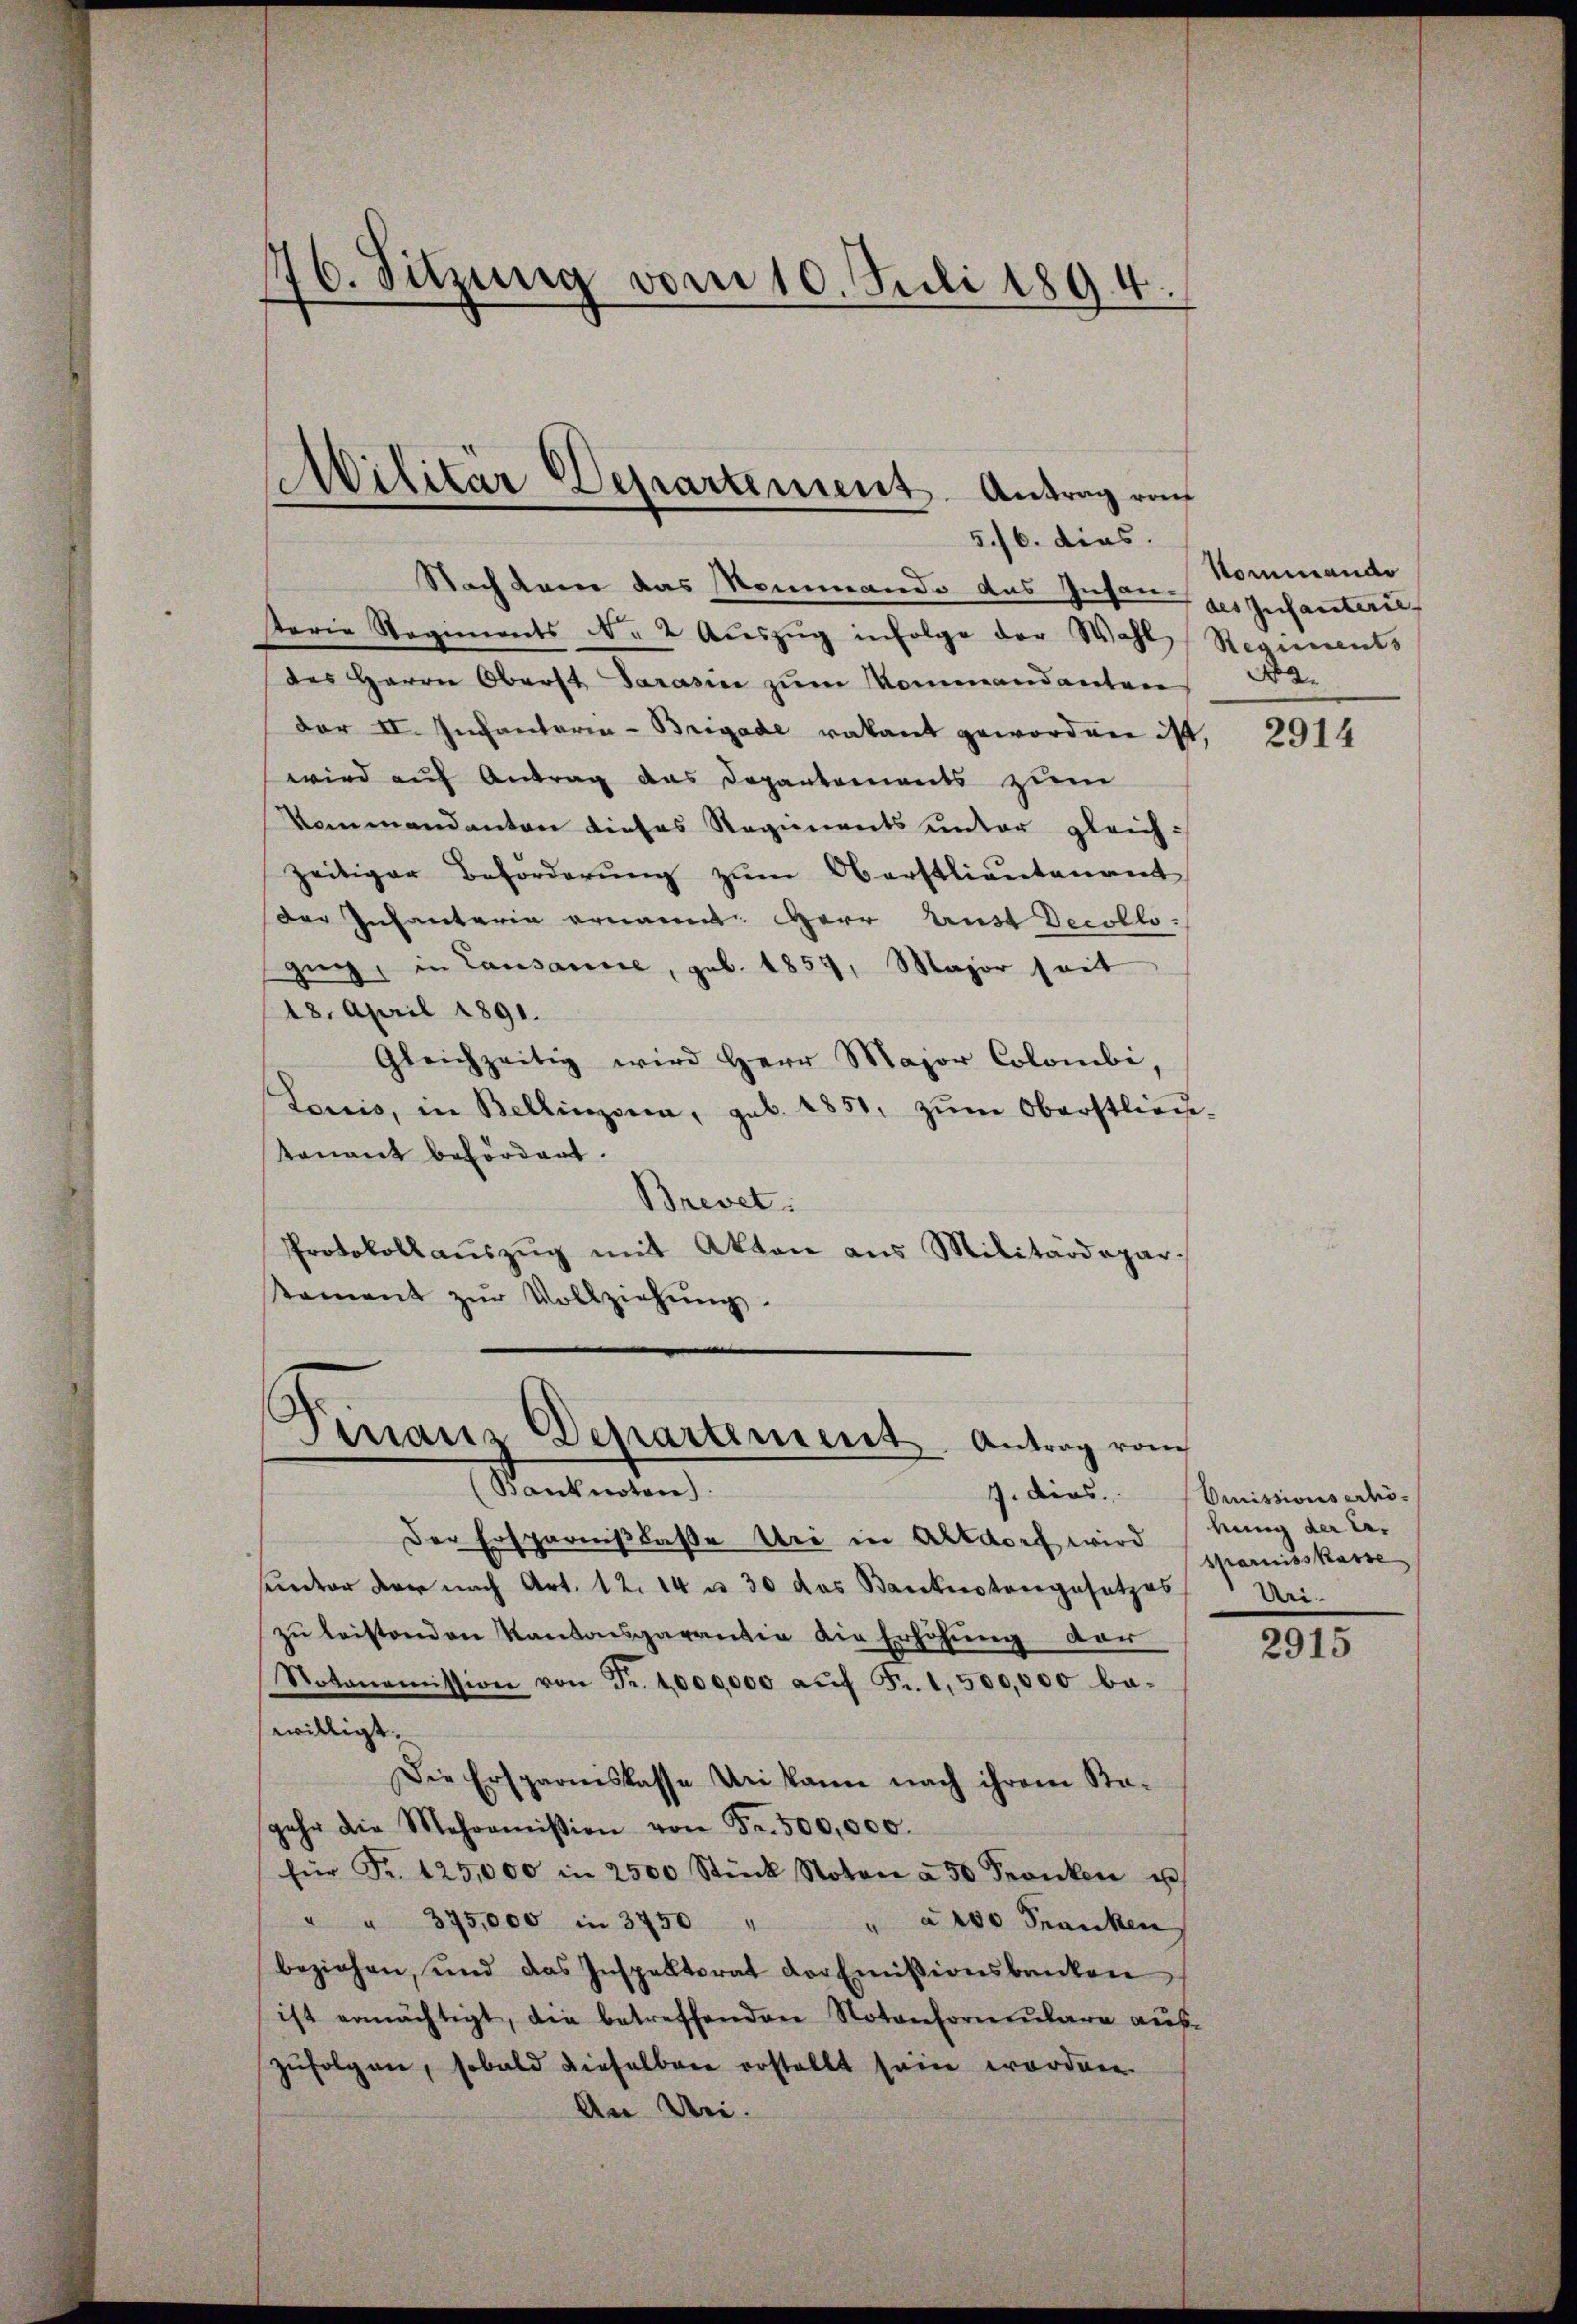
176. Sitzung vom 10. Juli 1894.

5./6. dies.
Nach kam das Nommando das Insan-
sterie Regiments N. 2 Aŭszŭg infolge der Wahl Regiments
des Herrn Oberst Sarasin zum Mommandanten
der II. Infantaria-Brigade vakant gewordnen ist,
wird auf Antrag das Depantements zum
Kommandanton dieses Regiments unter gleich-
zeitiger Beförderung zum Oberstlieutenant
der Infantaria ernannt: Herr Aust Decollogung, in Lausanne, geb. 1857, Major seit
18. April 1891.
Gleichzeitig wird Herr Major Colombi,
Louis, in Bellinzona, geb. 1851, zŭm Oberstlieu-
Konant befördert.
Brevet.
Protokollaŭszŭg mit Akten aus Militärdepar-
tament zŭr Vollziehŭng.

Militär Departement. Antrag von

Finanz Departement Antrag vom

(Banknoten).
9. dies
Der Ersparnislasse Uri in Altdorf wird
unter der nach Art. 12. 14 u. 30 das Bankiestangesetzes
zu leistenden Kantonsgarantia die Erhöhung der
Notonoṁission von Fr. 1000,000 aŭf Fr. 1,500,000 ba-
willigt.
Die Ersparniskasse Uri kann nach ihrem Ka-
gehe die Mehromission von Fr. 500,000.
für Fr. 125,000 in 2500 Stück Noton à 50 Franken u
" " 375,000 in 3750 "
" a 200 Franken,
beziehen, und das Inspektorat der Emissionsbanken
ist ermächtigt, die betreffenden Notonformulare aus-
zufolgen, sobald dieselben erstellt sein worden.
An Uni-

Kommando
des Infanterie
N9.

2914

Omissionserhöbung der Ersparnisskasse
Deri

2915